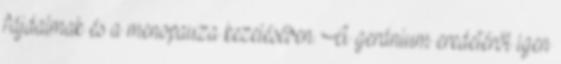
fájdalmak és a menopauza kezelésében. A geránium eredetéről igen